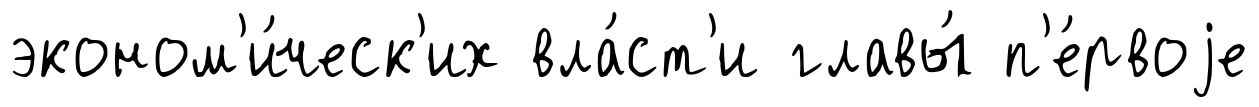
эконом'и́ческ'их вла́ст'и главы́ п'е́рвоjе